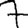
Digit: 7